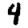
Digit: 4